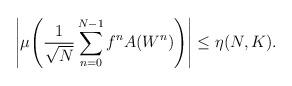
LaTeX: \begin{align*}\left|\mu\!\left(\frac{1}{\sqrt{N}}\sum_{n=0}^{N-1} f^nA(W^n)\right)\right| \le \eta(N,K).\end{align*}